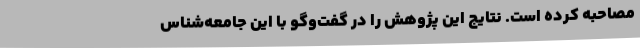
مصاحبه کرده‌ است. نتایج این پژوهش را در گفت‌وگو با این جامعه‌شناس